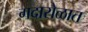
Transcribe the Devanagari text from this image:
गदारोळात